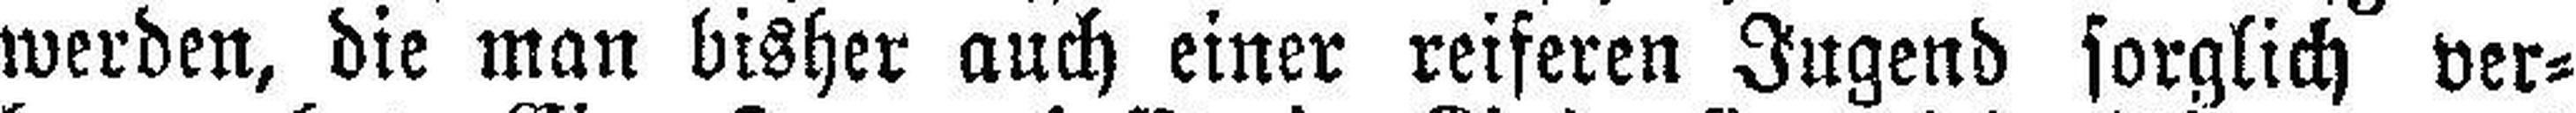
werden, die man bisher auch einer reiferen Jugend sorglich ver¬